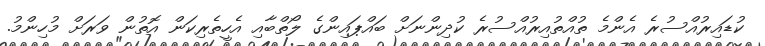
ކުޑައިރުއްސުރެ އެންމެ ތުއްތުއިރުއްސުރެ ކުދިންނަށް ބައްޕައިންގެ ލޯތްބާއި އެހީތެރިކަން އޮތުން ވަރަށް މުހިންމު.